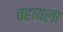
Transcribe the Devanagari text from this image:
वहायला